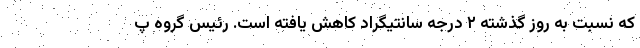
که نسبت به روز گذشته ۲ درجه سانتیگراد کاهش یافته است. رئیس گروه پ